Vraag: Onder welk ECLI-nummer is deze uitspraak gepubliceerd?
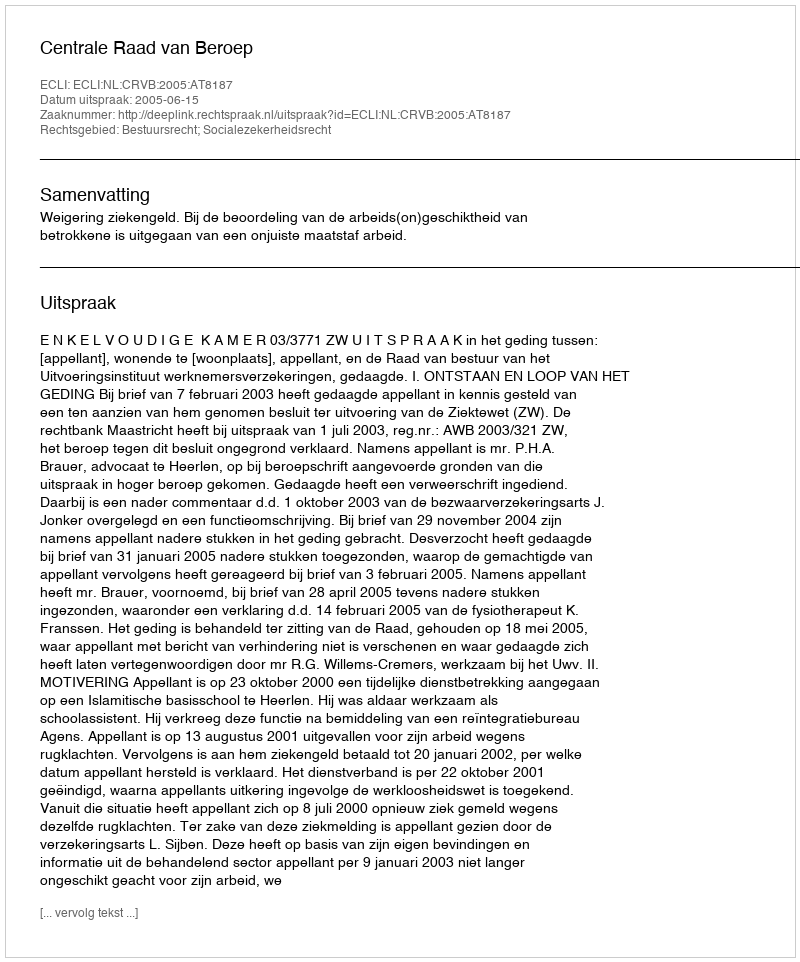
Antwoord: ECLI:NL:CRVB:2005:AT8187